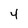
Character: 4